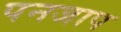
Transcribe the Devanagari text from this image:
पनजाप